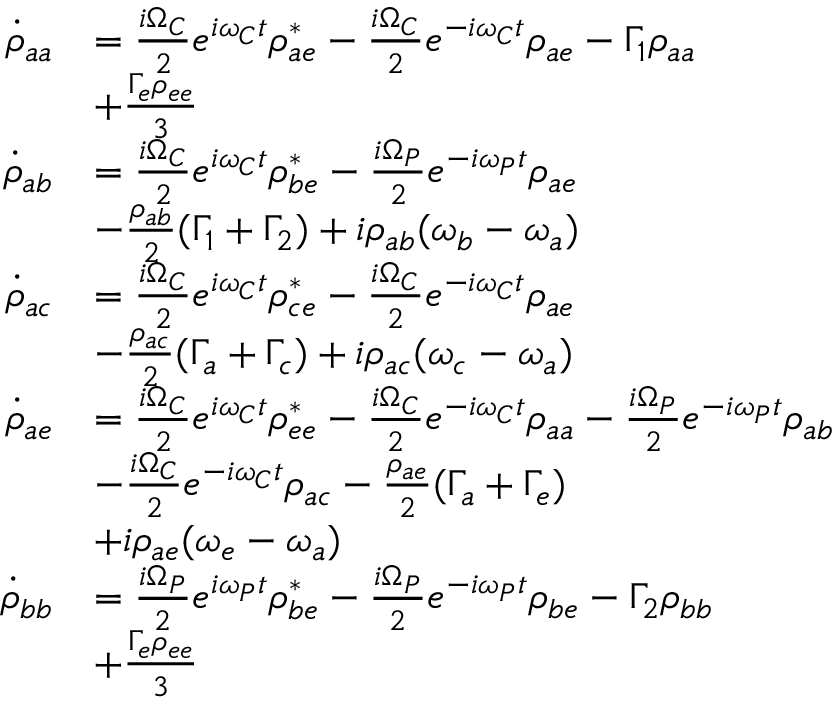
\begin{array} { r l } { \dot { \rho } _ { a a } } & { = \frac { i \Omega _ { C } } { 2 } e ^ { i \omega _ { C } t } \rho _ { a e } ^ { * } - \frac { i \Omega _ { C } } { 2 } e ^ { - i \omega _ { C } t } \rho _ { a e } - \Gamma _ { 1 } \rho _ { a a } } \\ & { + \frac { \Gamma _ { e } \rho _ { e e } } { 3 } } \\ { \dot { \rho } _ { a b } } & { = \frac { i \Omega _ { C } } { 2 } e ^ { i \omega _ { C } t } \rho _ { b e } ^ { * } - \frac { i \Omega _ { P } } { 2 } e ^ { - i \omega _ { P } t } \rho _ { a e } } \\ & { - \frac { \rho _ { a b } } { 2 } ( \Gamma _ { 1 } + \Gamma _ { 2 } ) + i \rho _ { a b } ( \omega _ { b } - \omega _ { a } ) } \\ { \dot { \rho } _ { a c } } & { = \frac { i \Omega _ { C } } { 2 } e ^ { i \omega _ { C } t } \rho _ { c e } ^ { * } - \frac { i \Omega _ { C } } { 2 } e ^ { - i \omega _ { C } t } \rho _ { a e } } \\ & { - \frac { \rho _ { a c } } { 2 } ( \Gamma _ { a } + \Gamma _ { c } ) + i \rho _ { a c } ( \omega _ { c } - \omega _ { a } ) } \\ { \dot { \rho } _ { a e } } & { = \frac { i \Omega _ { C } } { 2 } e ^ { i \omega _ { C } t } \rho _ { e e } ^ { * } - \frac { i \Omega _ { C } } { 2 } e ^ { - i \omega _ { C } t } \rho _ { a a } - \frac { i \Omega _ { P } } { 2 } e ^ { - i \omega _ { P } t } \rho _ { a b } } \\ & { - \frac { i \Omega _ { C } } { 2 } e ^ { - i \omega _ { C } t } \rho _ { a c } - \frac { \rho _ { a e } } { 2 } ( \Gamma _ { a } + \Gamma _ { e } ) } \\ & { + i \rho _ { a e } ( \omega _ { e } - \omega _ { a } ) } \\ { \dot { \rho } _ { b b } } & { = \frac { i \Omega _ { P } } { 2 } e ^ { i \omega _ { P } t } \rho _ { b e } ^ { * } - \frac { i \Omega _ { P } } { 2 } e ^ { - i \omega _ { P } t } \rho _ { b e } - \Gamma _ { 2 } \rho _ { b b } } \\ & { + \frac { \Gamma _ { e } \rho _ { e e } } { 3 } } \end{array}